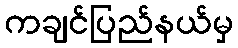
ကချင်ပြည်နယ်မှ